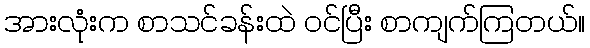
အားလုံးက စာသင်ခန်းထဲ ဝင်ပြီး စာကျက်ကြတယ်။